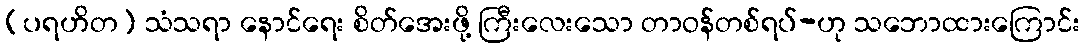
(ပရဟိတ) သံသရာ နောင်ရေး စိတ်အေးဖို့ ကြီးလေးသော တာဝန်တစ်ရပ်-ဟု သဘောထားကြောင်း